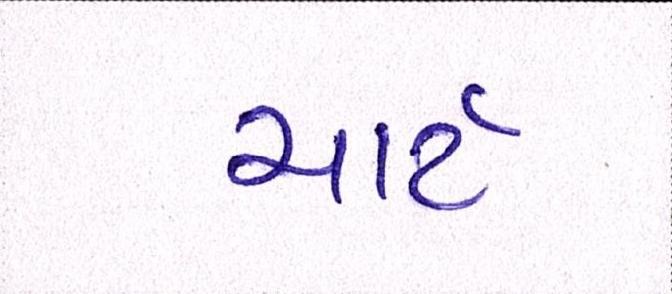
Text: ચાર્ટ